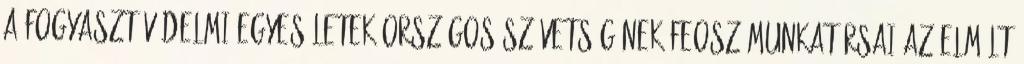
A Fogyasztóvédelmi Egyesületek Országos Szövetségének FEOSZ munkatársai az elmúlt